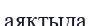
аяқтыда